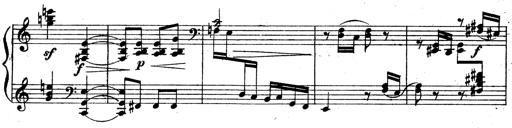
Title: 3 Sonatinas for Piano
Composer: Vissarion Shebalin